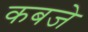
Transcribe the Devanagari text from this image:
कबजे